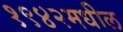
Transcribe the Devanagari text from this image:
१९४२मधील